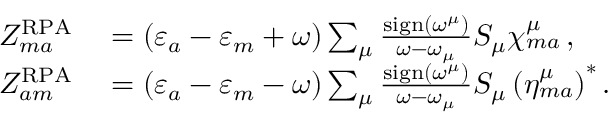
\begin{array} { r l } { Z _ { m a } ^ { \mathrm { R P A } } } & { { } = \left( \varepsilon _ { a } - \varepsilon _ { m } + \omega \right) \sum _ { \mu } \frac { \mathrm { s i g n } \left( \omega ^ { \mu } \right) } { \omega - \omega _ { \mu } } S _ { \mu } \chi _ { m a } ^ { \mu } \, , } \\ { Z _ { a m } ^ { \mathrm { R P A } } } & { { } = \left( \varepsilon _ { a } - \varepsilon _ { m } - \omega \right) \sum _ { \mu } \frac { \mathrm { s i g n } \left( \omega ^ { \mu } \right) } { \omega - \omega _ { \mu } } S _ { \mu } \left( \eta _ { m a } ^ { \mu } \right) ^ { * } . } \end{array}